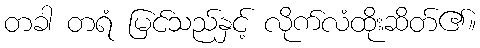
တခါ တရံ မြင်သည်နှင့် လိုက်လံထိုးဆိတ်၏။